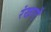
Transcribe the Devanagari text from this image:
रंखाएँ